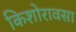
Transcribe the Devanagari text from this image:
किशोरावसा